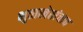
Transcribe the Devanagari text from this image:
भुताखेतांचाच